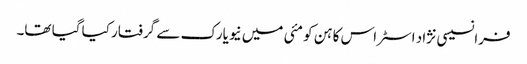
فرانسیسی نژاد اسٹراس کاہن کو مئی میں نیویارک سے گرفتار کیا گیا تھا۔